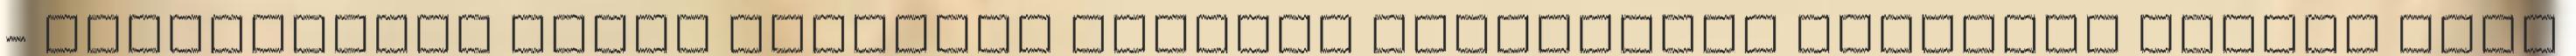
- Várandósság alatt célszerű kerülni mindenféle kétséges hatású vagy